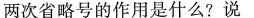
两次省略号的作用是什么？说